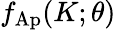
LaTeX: f_{\mathrm{Ap}}(K;\theta)